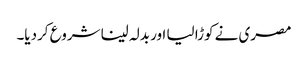
مصری نے کوڑا لیا اور بدلہ لینا شروع کردیا۔